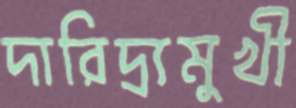
দারিদ্র্যমুখী